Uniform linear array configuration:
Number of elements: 8
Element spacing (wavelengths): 0.75
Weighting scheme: binomial
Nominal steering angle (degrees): -30
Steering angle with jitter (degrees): -29.677
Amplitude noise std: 0.05
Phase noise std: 0.05

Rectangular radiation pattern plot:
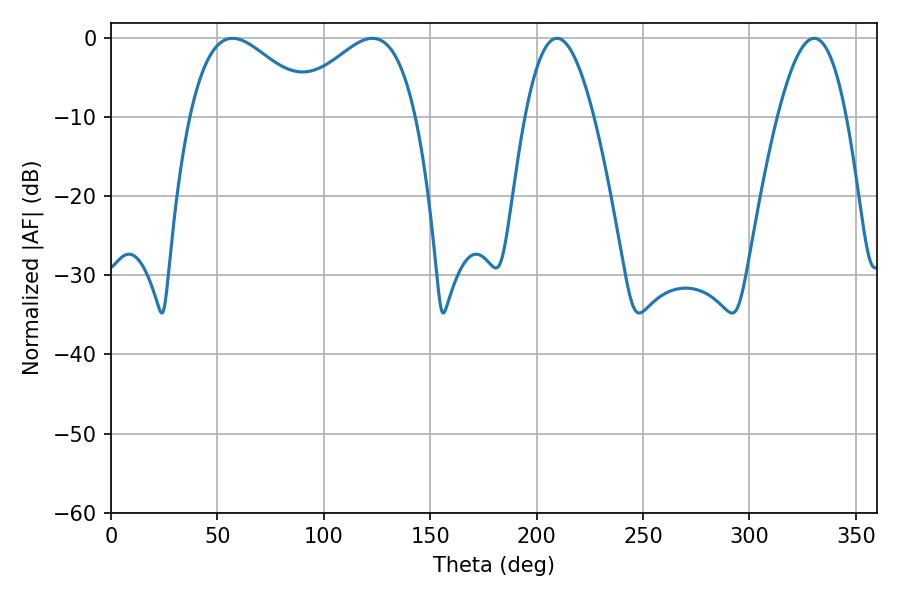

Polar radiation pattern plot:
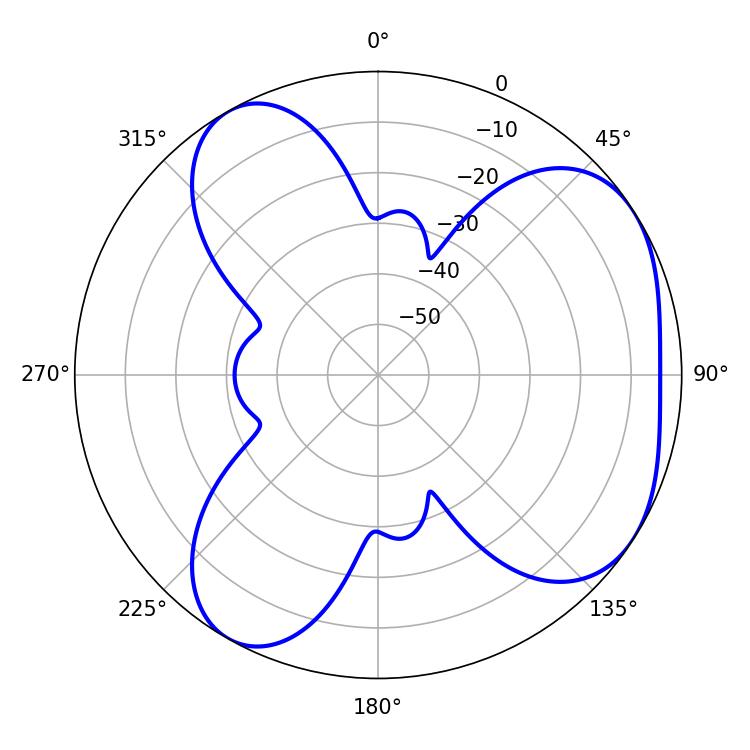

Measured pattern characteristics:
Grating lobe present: TRUE
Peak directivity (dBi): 4.73
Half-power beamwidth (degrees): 32.04
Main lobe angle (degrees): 57.06